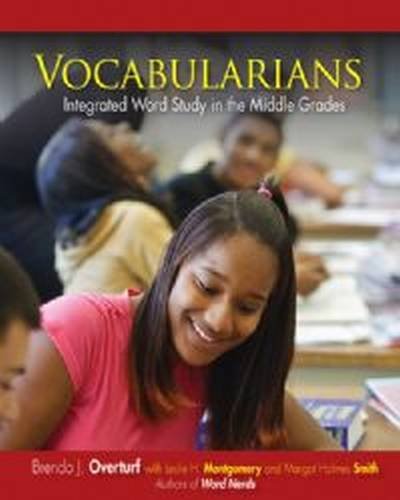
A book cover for Vocabularians: Integrated Word Study in the Middle Grades; Brenda J Overturf; Reference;